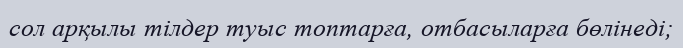
сол арқылы тілдер туыс топтарға, отбасыларға бөлінеді;